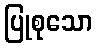
ပြုစုသော